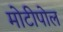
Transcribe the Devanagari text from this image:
मोटीपोल